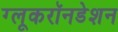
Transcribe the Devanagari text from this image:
ग्लूकरॉनडेशन